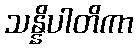
သန္နိပါတိကာ